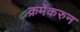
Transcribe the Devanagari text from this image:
क्रमेंकरुन